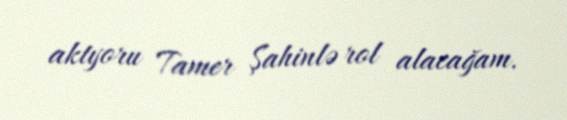
aktyoru Tamer Şahinlə rol alacağam.